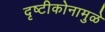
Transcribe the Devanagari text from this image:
दृष्टीकोनामुळे